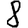
Digit: 8